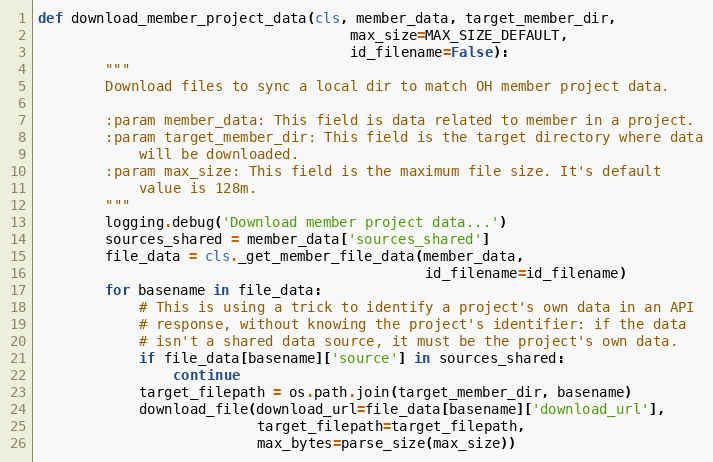
Language: Python
def download_member_project_data(cls, member_data, target_member_dir,
                                     max_size=MAX_SIZE_DEFAULT,
                                     id_filename=False):
        """
        Download files to sync a local dir to match OH member project data.

        :param member_data: This field is data related to member in a project.
        :param target_member_dir: This field is the target directory where data
            will be downloaded.
        :param max_size: This field is the maximum file size. It's default
            value is 128m.
        """
        logging.debug('Download member project data...')
        sources_shared = member_data['sources_shared']
        file_data = cls._get_member_file_data(member_data,
                                              id_filename=id_filename)
        for basename in file_data:
            # This is using a trick to identify a project's own data in an API
            # response, without knowing the project's identifier: if the data
            # isn't a shared data source, it must be the project's own data.
            if file_data[basename]['source'] in sources_shared:
                continue
            target_filepath = os.path.join(target_member_dir, basename)
            download_file(download_url=file_data[basename]['download_url'],
                          target_filepath=target_filepath,
                          max_bytes=parse_size(max_size))